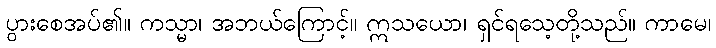
ပွားစေအပ်၏။ ကသ္မာ၊ အဘယ်ကြောင့်။ ဣသယော၊ ရှင်ရသေ့တို့သည်။ ကာမေ၊